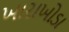
ખારાખોડા